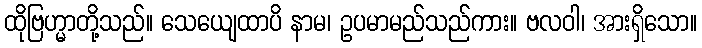
ထိုဗြဟ္မာတို့သည်။ သေယျေထာပိ နာမ၊ ဥပမာမည်သည်ကား။ ဗလဝါ၊ အားရှိသော။